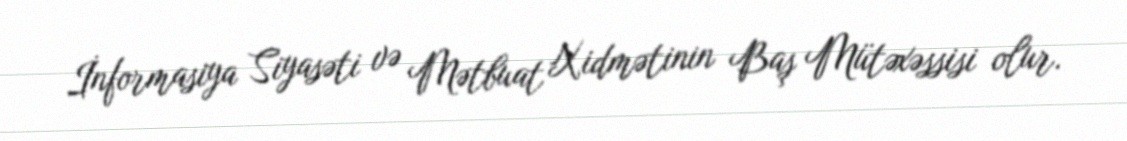
İnformasiya Siyasəti və Mətbuat Xidmətinin Baş Mütəxəssisi olur.